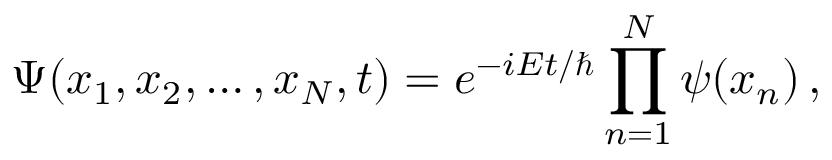
\Psi ( x _ { 1 } , x _ { 2 } , \ldots , x _ { N } , t ) = e ^ { - i { E t / \hbar } } \prod _ { n = 1 } ^ { N } \psi ( x _ { n } ) \, ,